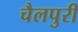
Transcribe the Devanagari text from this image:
चैलपुरी